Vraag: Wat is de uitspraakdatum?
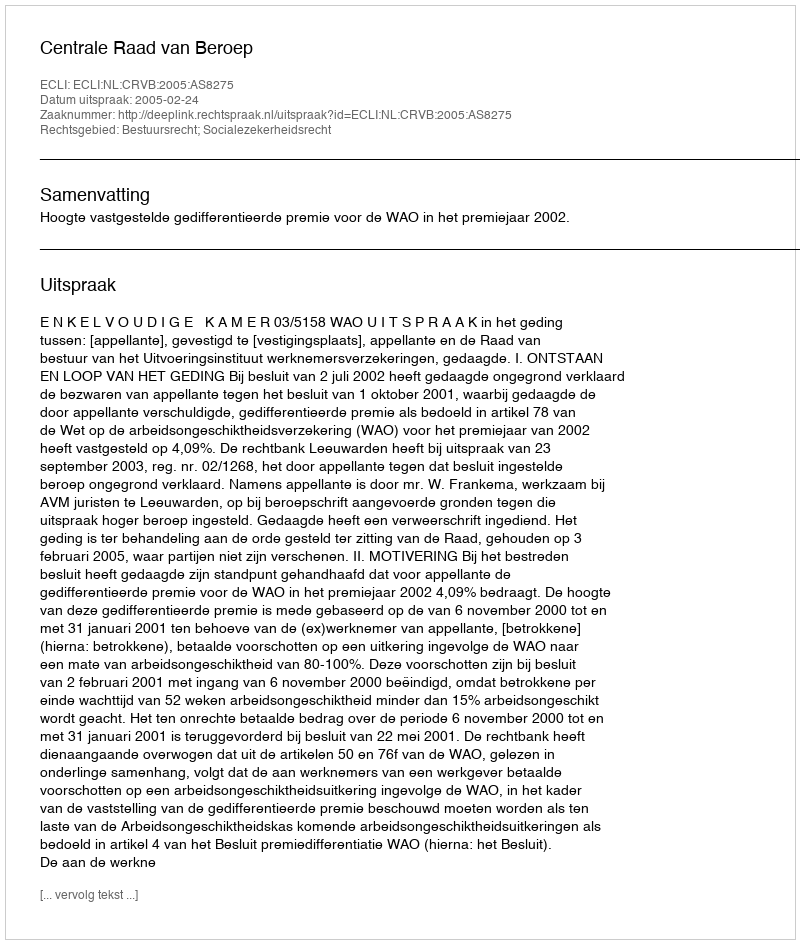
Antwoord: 2005-02-24